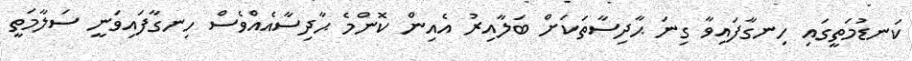
ކަނޑުމަތީގައި ހިނގާފައިވާ ގިނަ ޙާދިސާތަކަށް ބަލާއިރު އެއިން ކޮންމެ ޙާދިސާއެއްވެސް ހިނގާފައިވަނީ ސަލާމަތީ